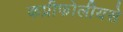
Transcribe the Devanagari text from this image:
कप्रीफोलीयसे